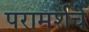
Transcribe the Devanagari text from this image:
परामर्शचे